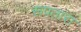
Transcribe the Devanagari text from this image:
रूपतारा